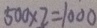
5 0 0 \times 2 = 1 0 0 0